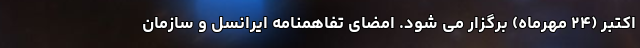
اکتبر (۲۴ مهرماه) برگزار می شود. امضای تفاهمنامه ایرانسل و سازمان